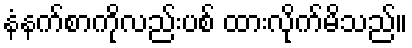
နံနက်စာကိုလည်းပစ် ထားလိုက်မိသည်။